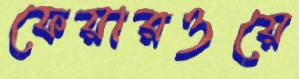
ফেয়ারওয়ে